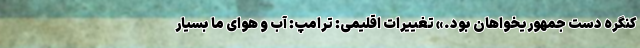
کنگره دست جمهوریخواهان بود.» تغییرات اقلیمی: ترامپ: آب و هوای ما بسیار